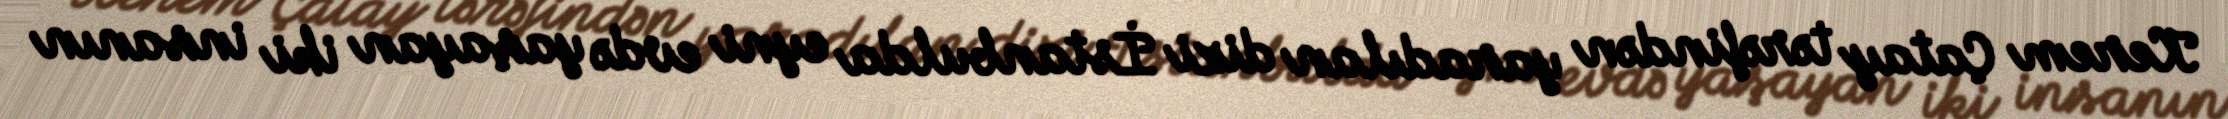
Kerem Çatay tərəfindən yaradılan dizi İstanbulda eyni evdə yaşayan iki insanın